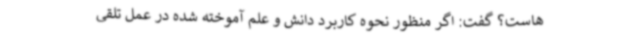
هاست؟ گفت: اگر منظور نحوه کاربرد دانش و علم آموخته شده در عمل تلقی